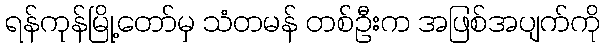
ရန်ကုန်မြို့တော်မှ သံတမန် တစ်ဦးက အဖြစ်အပျက်ကို